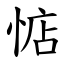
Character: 惦